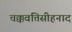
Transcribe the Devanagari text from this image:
चक्कवत्तिसीहनाद